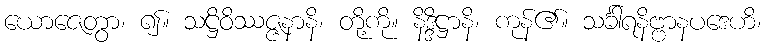
ယောဇေတွာ၊ ၍။ သဋ္ဌိဝိဿဇ္ဇနာနိ၊ တို့ကို။ နိဒ္ဒိဋ္ဌာနိ၊ ကုန်၏။ သင်္ခါရနိဗ္ဗာနပဒေဟိ၊